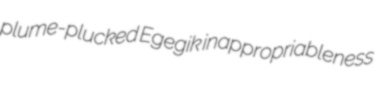
plume-plucked Egegik inappropriableness